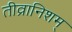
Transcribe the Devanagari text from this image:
तीव्रानिशम्‌